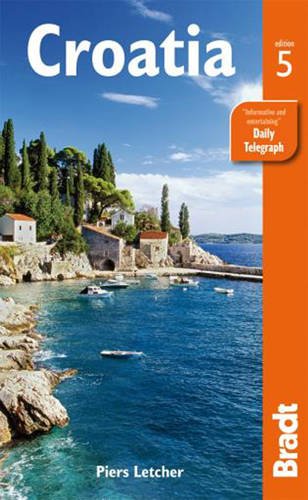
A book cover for Croatia (Bradt Travel Guide); Rudolf Abraham; Travel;